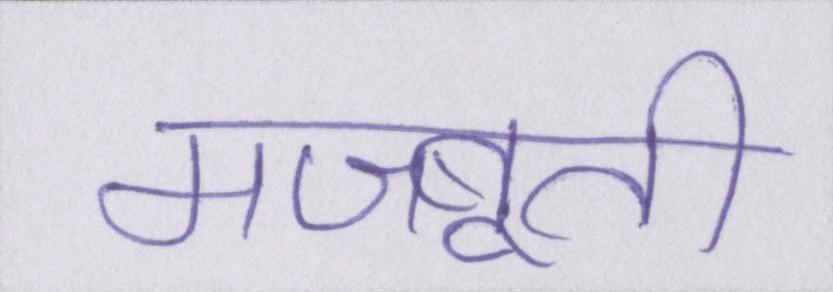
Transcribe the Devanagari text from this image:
मजबूती